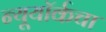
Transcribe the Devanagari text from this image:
न्यूयॉर्कचा